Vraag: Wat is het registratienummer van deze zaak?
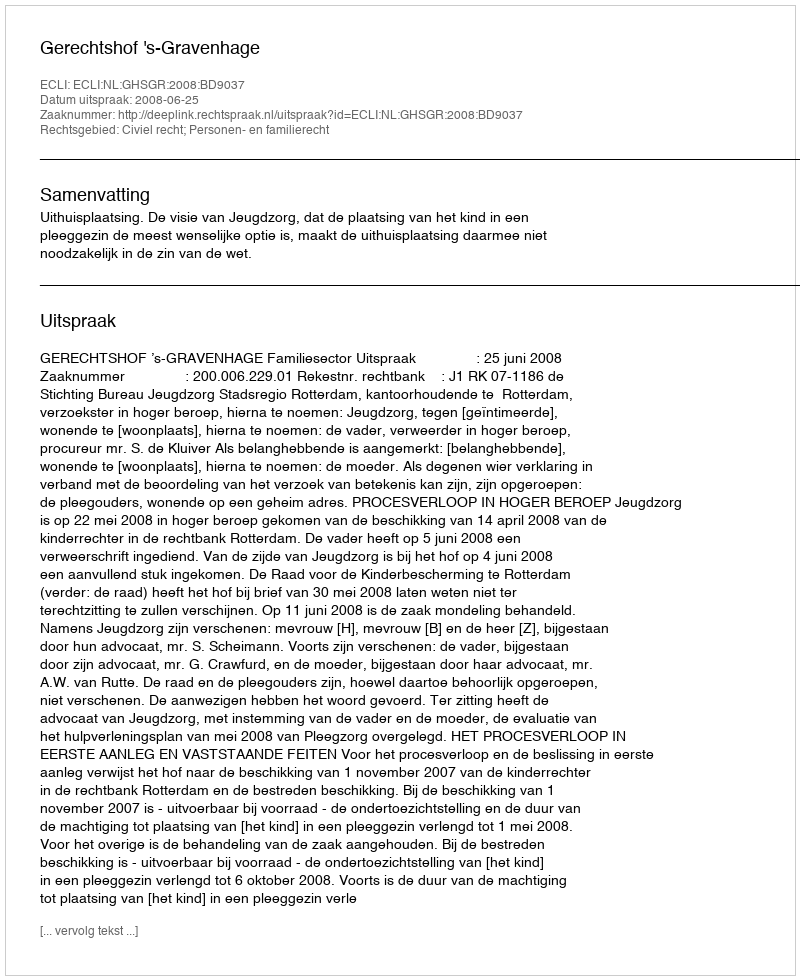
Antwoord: http://deeplink.rechtspraak.nl/uitspraak?id=ECLI:NL:GHSGR:2008:BD9037